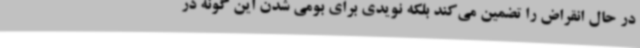
در حال انقراض را تضمین می‌کند بلکه نویدی برای بومی شدن این گونه در